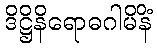
ဒိဋ္ဌိနိရောဓဂါမိနိံ